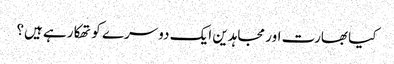
کیا بھارت اور مجاہدین ایک دوسرے کو تھکا رہے ہیں؟